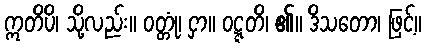
ဣတိပိ၊ သို့လည်း။ ဝတ္တုံ၊ ငှာ။ ဝဋ္ဋတိ၊ ၏။ ဒိသတော၊ ဖြင့်။